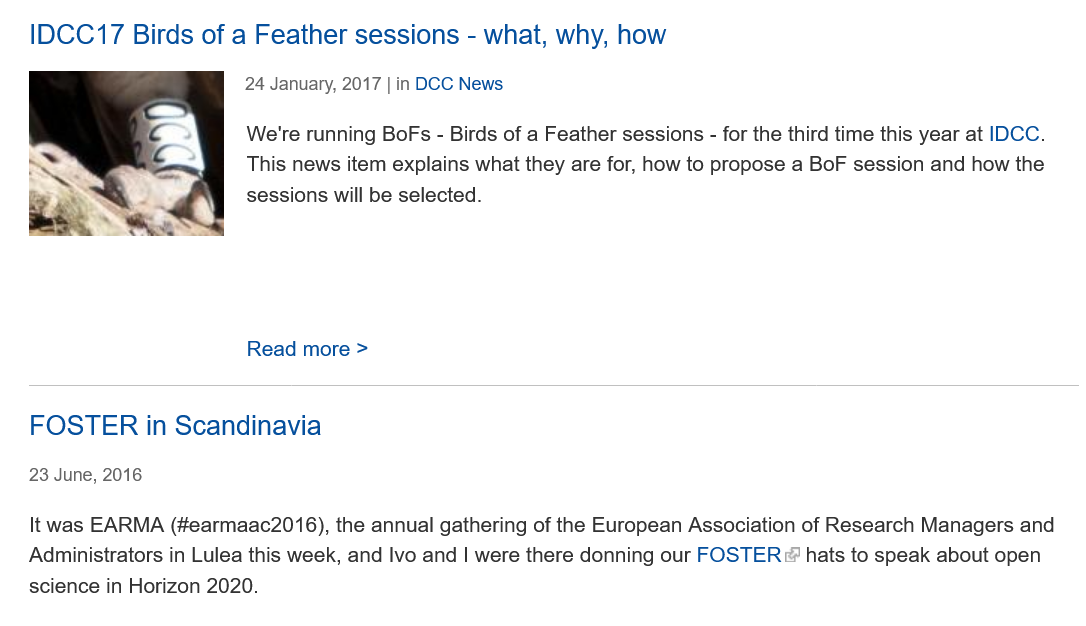
IDCC17   Birds of a Feather sessions
     -
     what,  why, how
   FOSTER  in   Scandinavia
     We're running BoFs - Birds of a Feather sessions - for the third time this year at IDCC.
     This news item explains what they are for, how to propose a BoF session and how the
     sessions will be selected.
   It was EARMA (#earmaac2016), the annual gathering of the European Association of Research Managers anc
   Administrators in Lulea this week, and Ivo and | were there donning our FOSTER hats to speak about open
   science in Horizon 2020.
     24 January, 2017 | in DCC News
     Read more >